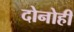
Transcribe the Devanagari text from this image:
दोनोही